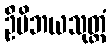
ဦမိဘယသုတ္တံ